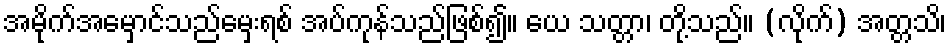
အမိုက်အမှောင်သည်မှေးရစ် အပ်ကုန်သည်ဖြစ်၍။ ယေ သတ္တာ၊ တို့သည်။ (လိုက်) အတ္တသိ၊